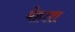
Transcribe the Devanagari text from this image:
बेहाश